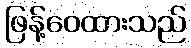
ဖြန့်ဝေထားသည်